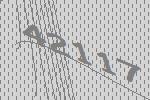
42117